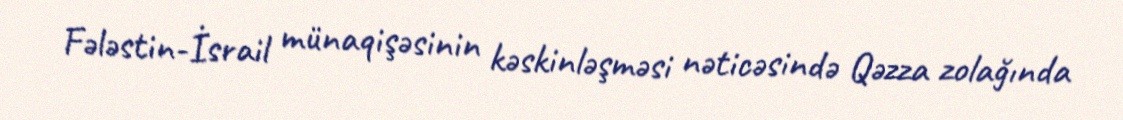
Fələstin-İsrail münaqişəsinin kəskinləşməsi nəticəsində Qəzza zolağında